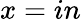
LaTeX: x=in